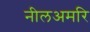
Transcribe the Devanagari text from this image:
नीलअमरि